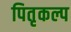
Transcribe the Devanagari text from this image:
पितृकल्प